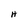
Character: H